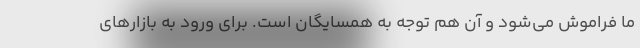
ما فراموش می‌شود و آن هم توجه به همسایگان است. برای ورود به بازارهای